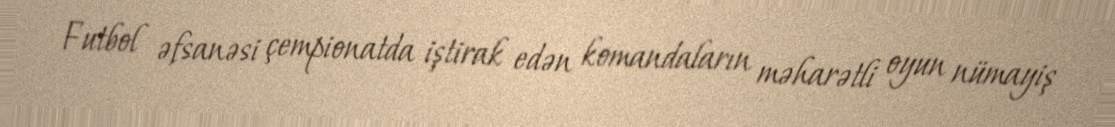
Futbol əfsanəsi çempionatda iştirak edən komandaların məharətli oyun nümayiş